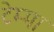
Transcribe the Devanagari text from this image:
टेम्मा